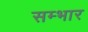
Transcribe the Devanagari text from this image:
सम्भार